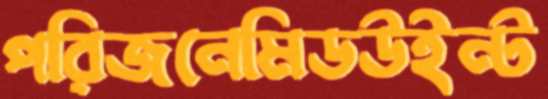
পরিজনেমিডউইন্ট